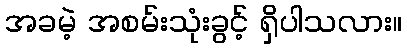
အခမဲ့ အစမ်းသုံးခွင့် ရှိပါသလား။